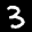
Label: 3